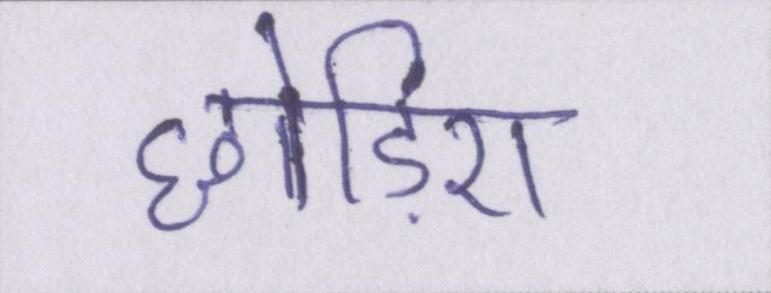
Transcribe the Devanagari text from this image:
छोड़िए